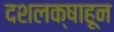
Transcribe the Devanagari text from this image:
दशलक्षाहून